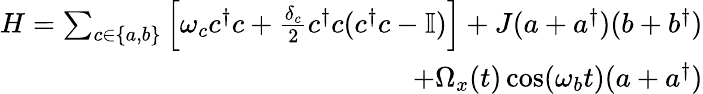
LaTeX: \begin{array}{r}{H=\sum_{c\in\{ a,b\} }\left[\omega_{c}c^{\dagger}c+\frac{\delta_{c}}{2}c^{\dagger}c(c^{\dagger}c-\mathbb{I})\right]+J(a+a^{\dagger})(b+b^{\dagger})}\\ {+\Omega_{x}(t)\cos(\omega_{b}t)(a+a^{\dagger})}\end{array}